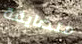
متضايقة